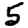
Digit: 5